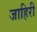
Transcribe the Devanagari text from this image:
जाहिरी